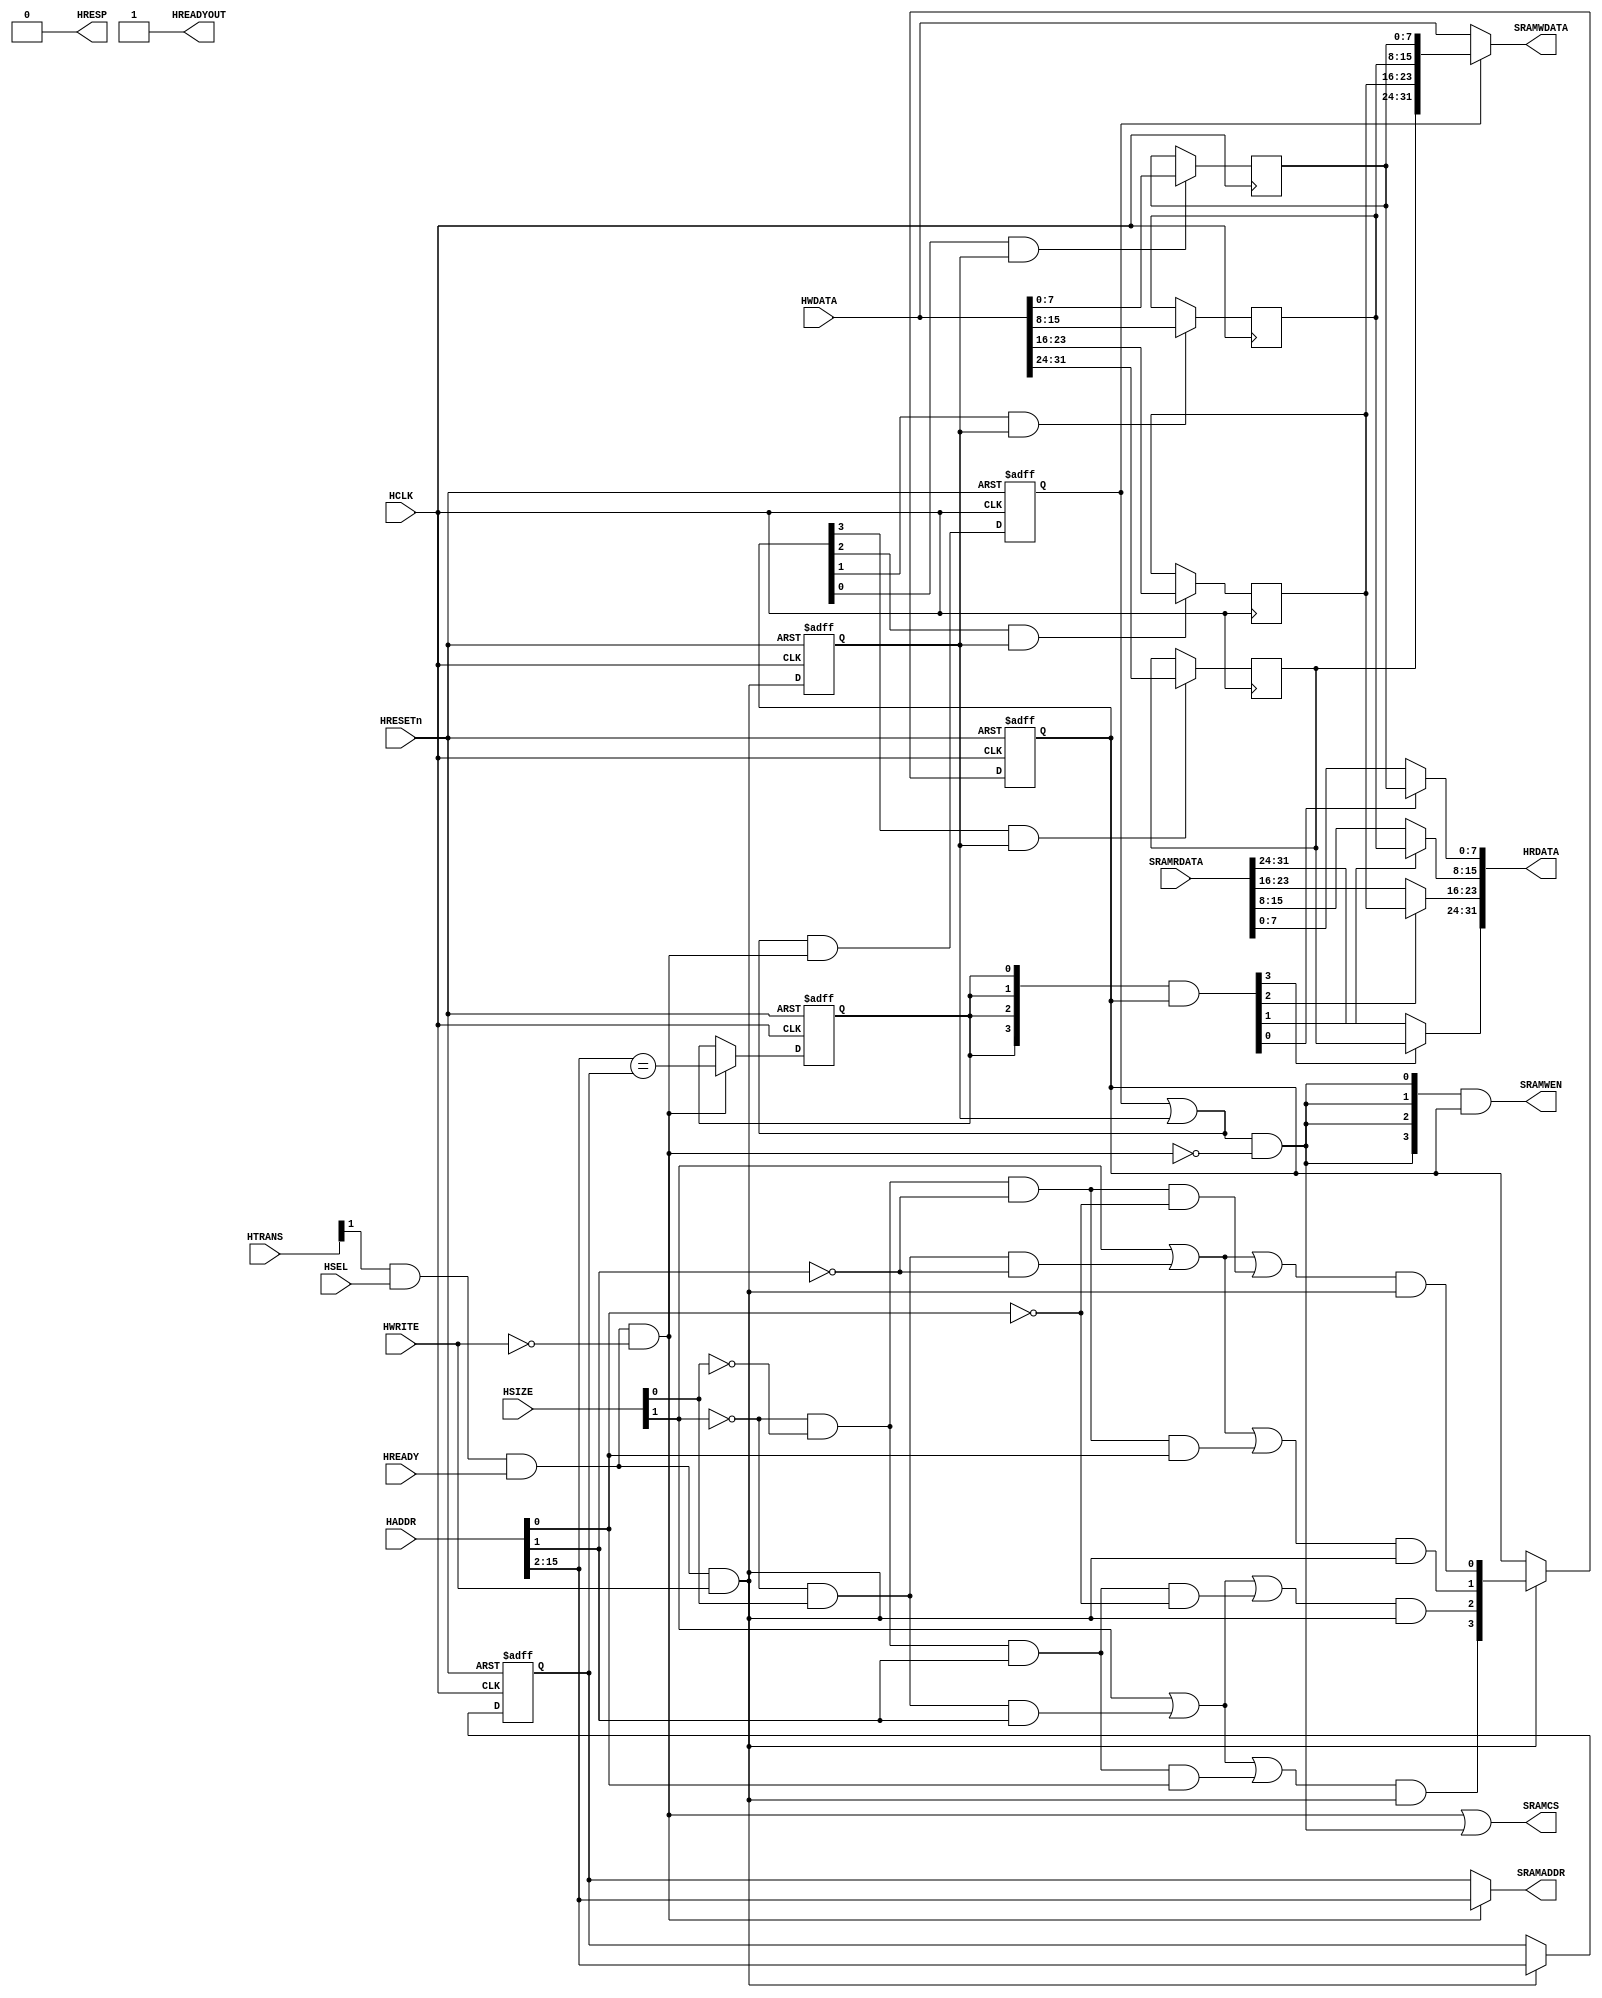
// ----------------------------------------------------------------------------
// The confidential and proprietary information contained in this file may
// only be used by a person authorised under and to the extent permitted
// by a subsisting licensing agreement from ARM Limited.
//
//        (C) COPYRIGHT 2010-2013 ARM Limited.
//                ALL RIGHTS RESERVED
//
// This entire notice must be reproduced on all copies of this file
// and copies of this file may only be made by a person if such person is
// permitted to do so under the terms of a subsisting license agreement
// from ARM Limited.
//
//      SVN Information
//
//      Checked In          : $Date: 2012-09-18 17:14:17 +0100 (Tue, 18 Sep 2012) $
//
//      Revision            : $Revision: 223062 $
//
//      Release Information : Cortex-M System Design Kit-r1p0-00rel0
//
// ----------------------------------------------------------------------------
//  Purpose : AHB OnChip RAM interface. Also suitable for FPGA RAM implmentation
// ----------------------------------------------------------------------------

module cmsdk_ahb_to_sram #(
// --------------------------------------------------------------------------
// Parameter Declarations
// --------------------------------------------------------------------------
  parameter AW       = 16) // Address width
 (
// --------------------------------------------------------------------------
// Port Definitions
// --------------------------------------------------------------------------
  input  wire          HCLK,      // system bus clock
  input  wire          HRESETn,   // system bus reset
  input  wire          HSEL,      // AHB peripheral select
  input  wire          HREADY,    // AHB ready input
  input  wire    [1:0] HTRANS,    // AHB transfer type
  input  wire    [2:0] HSIZE,     // AHB hsize
  input  wire          HWRITE,    // AHB hwrite
  input  wire [AW-1:0] HADDR,     // AHB address bus
  input  wire   [31:0] HWDATA,    // AHB write data bus
  output wire          HREADYOUT, // AHB ready output to S->M mux
  output wire          HRESP,     // AHB response
  output wire   [31:0] HRDATA,    // AHB read data bus

  input  wire   [31:0] SRAMRDATA, // SRAM Read Data
  output wire [AW-3:0] SRAMADDR,  // SRAM address
  output wire    [3:0] SRAMWEN,   // SRAM write enable (active high)
  output wire   [31:0] SRAMWDATA, // SRAM write data
  output wire          SRAMCS);   // SRAM Chip Select  (active high)

   // ----------------------------------------------------------
   // Internal state
   // ----------------------------------------------------------
   reg  [(AW-3):0]           buf_addr;        // Write address buffer
   reg  [ 3:0]               buf_we;          // Write enable buffer (data phase)
   reg                       buf_hit;         // High when AHB read address
                                              // matches buffered address
   reg  [31:0]               buf_data;        // AHB write bus buffered
   reg                       buf_pend;        // Buffer write data valid
   reg                       buf_data_en;     // Data buffer write enable (data phase)

   // ----------------------------------------------------------
   // Read/write control logic
   // ----------------------------------------------------------

   wire        ahb_access   = HTRANS[1] & HSEL & HREADY;
   wire        ahb_write    = ahb_access &  HWRITE;
   wire        ahb_read     = ahb_access & (~HWRITE);

   // Stored write data in pending state if new transfer is read
   //   buf_data_en indicate new write (data phase)
   //   ahb_read    indicate new read  (address phase)
   //   buf_pend    is registered version of buf_pend_nxt
   wire        buf_pend_nxt = (buf_pend | buf_data_en) & ahb_read;

   // RAM write happens when
   // - write pending (buf_pend), or
   // - new AHB write seen (buf_data_en) at data phase,
   // - and not reading (address phase)
   wire        ram_write    = (buf_pend | buf_data_en)  & (~ahb_read); // ahb_write

   // RAM WE is the buffered WE
   assign      SRAMWEN  = {4{ram_write}} & buf_we[3:0];

   // RAM address is the buffered address for RAM write otherwise HADDR
   assign      SRAMADDR = ahb_read ? HADDR[AW-1:2] : buf_addr;

   // RAM chip select during read or write
   assign      SRAMCS   = ahb_read | ram_write;

   // ----------------------------------------------------------
   // Byte lane decoder and next state logic
   // ----------------------------------------------------------

   wire       tx_byte    = (~HSIZE[1]) & (~HSIZE[0]);
   wire       tx_half    = (~HSIZE[1]) &  HSIZE[0];
   wire       tx_word    =   HSIZE[1];

   wire       byte_at_00 = tx_byte & (~HADDR[1]) & (~HADDR[0]);
   wire       byte_at_01 = tx_byte & (~HADDR[1]) &   HADDR[0];
   wire       byte_at_10 = tx_byte &   HADDR[1]  & (~HADDR[0]);
   wire       byte_at_11 = tx_byte &   HADDR[1]  &   HADDR[0];

   wire       half_at_00 = tx_half & (~HADDR[1]);
   wire       half_at_10 = tx_half &   HADDR[1];

   wire       word_at_00 = tx_word;

   wire       byte_sel_0 = word_at_00 | half_at_00 | byte_at_00;
   wire       byte_sel_1 = word_at_00 | half_at_00 | byte_at_01;
   wire       byte_sel_2 = word_at_00 | half_at_10 | byte_at_10;
   wire       byte_sel_3 = word_at_00 | half_at_10 | byte_at_11;

   // Address phase byte lane strobe
   wire [3:0] buf_we_nxt = { byte_sel_3 & ahb_write,
                             byte_sel_2 & ahb_write,
                             byte_sel_1 & ahb_write,
                             byte_sel_0 & ahb_write };

   // ----------------------------------------------------------
   // Write buffer
   // ----------------------------------------------------------

   // buf_data_en is data phase write control
   always @(posedge HCLK or negedge HRESETn)
     if (~HRESETn)
       buf_data_en <= 1'b0;
     else
       buf_data_en <= ahb_write;

   always @(posedge HCLK)
     if(buf_we[3] & buf_data_en)
       buf_data[31:24] <= HWDATA[31:24];

   always @(posedge HCLK)
     if(buf_we[2] & buf_data_en)
       buf_data[23:16] <= HWDATA[23:16];

   always @(posedge HCLK)
     if(buf_we[1] & buf_data_en)
       buf_data[15: 8] <= HWDATA[15: 8];

   always @(posedge HCLK)
     if(buf_we[0] & buf_data_en)
       buf_data[ 7: 0] <= HWDATA[ 7: 0];

   // buf_we keep the valid status of each byte (data phase)
   always @(posedge HCLK or negedge HRESETn)
     if (~HRESETn)
       buf_we <= 4'b0000;
     else if(ahb_write)
       buf_we <= buf_we_nxt;

   always @(posedge HCLK or negedge HRESETn)
     begin
     if (~HRESETn)
       buf_addr <= {(AW-2){1'b0}};
     else if (ahb_write)
         buf_addr <= HADDR[(AW-1):2];
     end
   // ----------------------------------------------------------
   // Buf_hit detection logic
   // ----------------------------------------------------------

   wire  buf_hit_nxt = (HADDR[AW-1:2] == buf_addr[AW-3:0]);

   // ----------------------------------------------------------
   // Read data merge : This is for the case when there is a AHB
   // write followed by AHB read to the same address. In this case
   // the data is merged from the buffer as the RAM write to that
   // address hasn't happened yet
   // ----------------------------------------------------------

   wire [ 3:0] merge1  = {4{buf_hit}} & buf_we; // data phase, buf_we indicates data is valid

   assign HRDATA =
              { merge1[3] ? buf_data[31:24] : SRAMRDATA[31:24],
                merge1[2] ? buf_data[23:16] : SRAMRDATA[23:16],
                merge1[1] ? buf_data[15: 8] : SRAMRDATA[15: 8],
                merge1[0] ? buf_data[ 7: 0] : SRAMRDATA[ 7: 0] };

   // ----------------------------------------------------------
   // Synchronous state update
   // ----------------------------------------------------------

   always @(posedge HCLK or negedge HRESETn)
     if (~HRESETn)
       buf_hit <= 1'b0;
     else if(ahb_read)
       buf_hit <= buf_hit_nxt;

   always @(posedge HCLK or negedge HRESETn)
     if (~HRESETn)
       buf_pend <= 1'b0;
     else
       buf_pend <= buf_pend_nxt;

   // if there is an AHB write and valid data in the buffer, RAM write data
   // comes from the buffer. otherwise comes from the HWDATA
   assign SRAMWDATA = (buf_pend) ? buf_data : HWDATA[31:0];

   // ----------------------------------------------------------
   // Assign outputs
   // ----------------------------------------------------------
   assign HREADYOUT = 1'b1;
   assign HRESP     = 1'b0;

endmodule